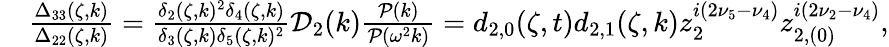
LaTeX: \begin{array}{rl}&{\frac{\Delta_{33}(\zeta,k)}{\Delta_{22}(\zeta,k)}=\frac{\delta_{2}(\zeta,k)^{2}\delta_{4}(\zeta,k)}{\delta_{3}(\zeta,k)\delta_{5}(\zeta,k)^{2}}\mathcal{D}_{2}(k)\frac{\mathcal{P}(k)}{\mathcal{P}(\omega^{2}k)}=d_{2,0}(\zeta,t)d_{2,1}(\zeta,k)z_{2}^{i(2\nu_{5}-\nu_{4})}z_{2,(0)}^{i(2\nu_{2}-\nu_{4})},}\end{array}